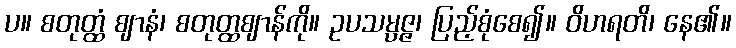
ပ။ စတုတ္ထံ ဈာနံ၊ စတုတ္ထဈာန်ကို။ ဥပသမ္ပဇ္ဇ၊ ပြည့်စုံစေ၍။ ဝိဟရတိ၊ နေ၏။